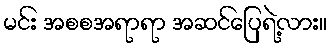
မင်း အစစအရာရာ အဆင်ပြေရဲ့လား။